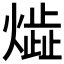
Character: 𤎠